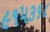
૯૧૫૩૬૮